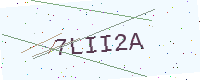
Text: 7LII2A